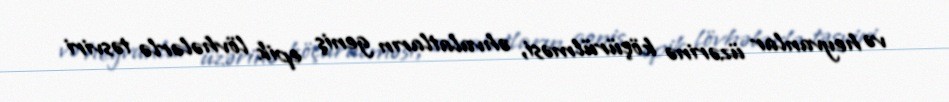
və heyvanlar üzərinə köçürülməsi, əhvalatların geniş epik lövhələrlə təsviri